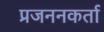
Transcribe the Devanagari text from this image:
प्रजननकर्ता